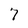
Character: 7